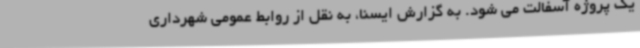
یک پروژه آسفالت می شود. به گزارش ایسنا، به نقل از روابط عمومی شهرداری